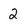
Character: 2